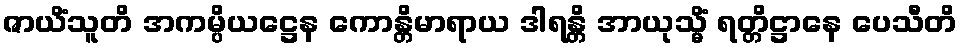
ဇာယိံသူတိ အကမ္ပိယဋ္ဌေန ကောန္တိမာရာယ ဒါရန္တိ အာယုသ္မိံ ရတ္တိဋ္ဌာနေ ပေသီတိ